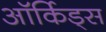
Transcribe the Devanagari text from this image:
ऑर्किड्‌स